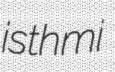
isthmi